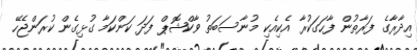
އިދާރާގެ ފަރާތުން ފާހަގަކުރާ އެކިއެކި މުނާސަބަތު ވާކްޝޮޕް ފަދަ ކަންކަމާ ގުޅިގެން ކުރަންޖެހޭ